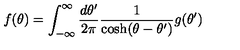
f ( \theta ) = \int _ { - \infty } ^ { \infty } { \frac { d \theta ^ { \prime } } { 2 \pi } } { \frac { 1 } { \cosh ( \theta - \theta ^ { \prime } ) } } g ( \theta ^ { \prime } )